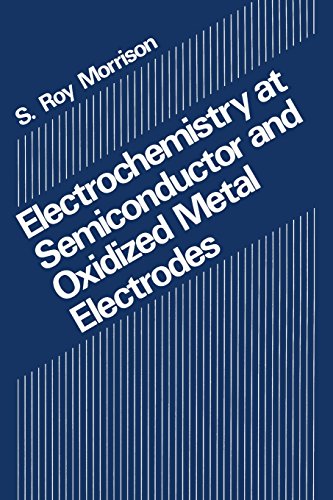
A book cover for Electrochemistry at Semiconductor and Oxidized Metal Electrodes; S.R. Morrison; Science & Math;